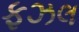
ફઝલ